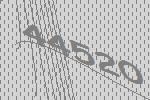
44520